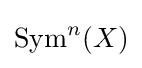
\operatorname {Sym} ^{n}(X)